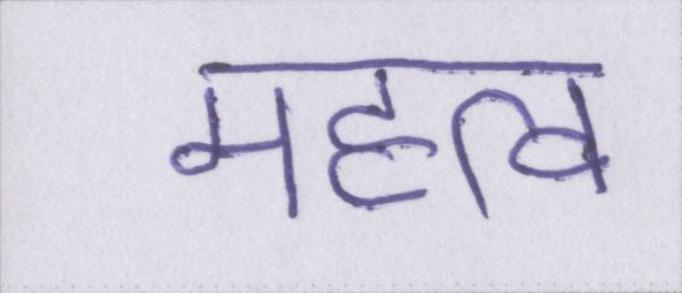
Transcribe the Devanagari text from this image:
महत्व